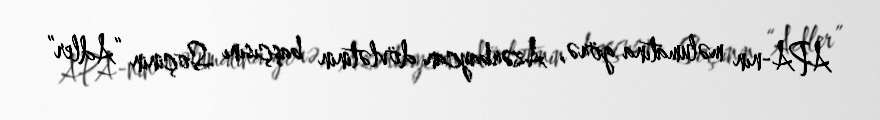
APA-nın məlumatına görə, Azərbaycan dövlətinin başçısını Soçinin “Adler”